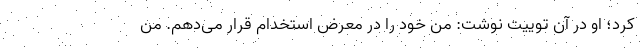
کرد؛ او در آن توییت نوشت: من خود را در معرض استخدام قرار می‌دهم. من